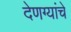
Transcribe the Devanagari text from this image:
देणग्यांचे